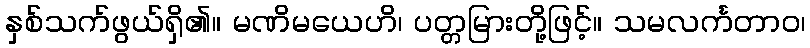
နှစ်သက်ဖွယ်ရှိ၏။ မဏိမယေဟိ၊ ပတ္တမြားတို့ဖြင့်။ သမလင်္ကတာဝ၊